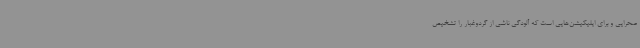
صحرایی و برای اپلیکیشن‌هایی است که آلودگی ناشی از گردوغبار را تشخیص